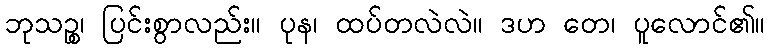
ဘုသဉ္စ၊ ပြင်းစွာလည်း။ ပုန၊ ထပ်တလဲလဲ။ ဒဟ တေ၊ ပူလောင်၏။